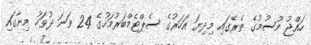
ހައްޖު މޫސުމުގެ ތެރޭގައި މިދިޔަ އަހަރުގެ ސެޕްޓެމްބަރުމަހުގެ 24 ވަނަ ދުވަހު މިނާގައި